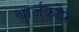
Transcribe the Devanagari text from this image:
श्वार्जकोफ